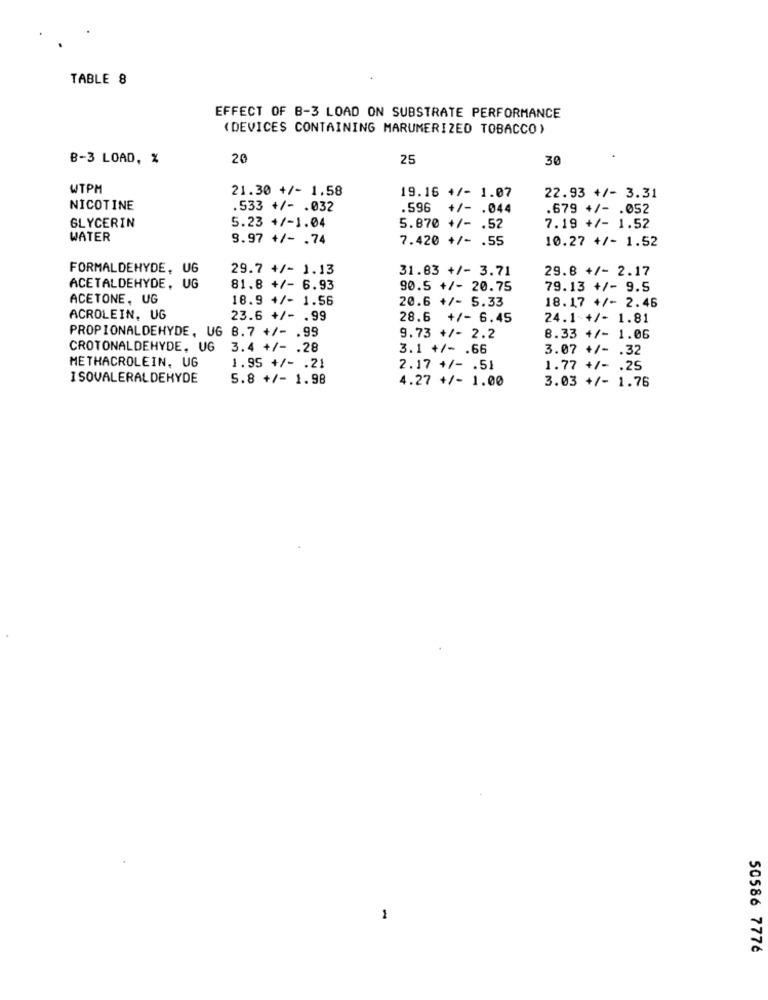
TABLE 8
EFFECT OF B-3 LOAD ON SUBSTRATE PERFORMANCE
(DEVICES CONTAINING MARUMERIZED TOBACCO)
B-3 LOAD, %
20
25
30
WTPH
19.16 +/- 1.07
21.30 +/- 1.58
22.93 +/- 3.31
NICOTINE
.533 +/- . 032
.596
+/- . 044
.679 +/- . 052
GLYCERIN
5.23 +/-1.04
5.870 +/- . 52
7.19 +/- 1.52
WATER
9.97 +/- . 74
7.420 +/- . 55
10.27 +/- 1.52
FORMALDEHYDE, UG
29.7 +/- 1.13
31.83 +/- 3.71
29.8 +/- 2.17
ACETALDEHYDE, UG
81.8 +/- 6.93
90.5 +/- 20.75
79.13 +/- 9.5
ACETONE, UG
18.9 4/- 1.56
20.6 +/- 5.33
18.17 +/- 2.46
ACROLEIN, UG
23.6 +/- . 99
28.6 +/- 6.45
24.1-+/- 1.81
PROPIONALDEHYDE, UG 8.7 +/- . 99
9.73 +/- 2.2
8.33 +/- 1.06
CROTONALDEHYDE, UG
3.4 +/- . 28
3.1 +/- . 66
3.07 +/- . 32
METHACROLEIN, UG
1.95 +/- . 21
2.17 +/- . 51
1.77 +/- . 25
I SOVALERALDEHYDE
5.8 +/- 1.98
4.27 +/- 1.00
3.03 +/- 1.76
1
50586 7776